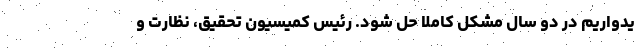
یدواریم در دو سال مشکل کاملا حل شود. رئیس کمیسیون تحقیق، نظارت و